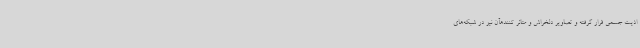
اذیت جسمی قرار گرفته و تصاویر دلخراش و متاثر کنندهآن نیز در شبکه‌های